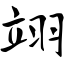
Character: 翊